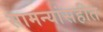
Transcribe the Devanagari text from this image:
सामन्यांसहीत